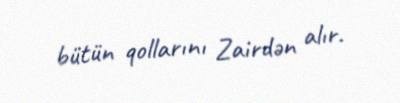
bütün qollarını Zairdən alır.